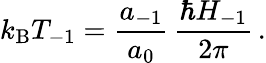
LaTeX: k_{\mathrm{B}}T_{-1}=\frac{a_{-1}}{a_{0}}\, \frac{\hbar H_{-1}}{2\pi}\, .